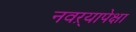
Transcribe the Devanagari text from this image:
नवऱ्यापेक्षा